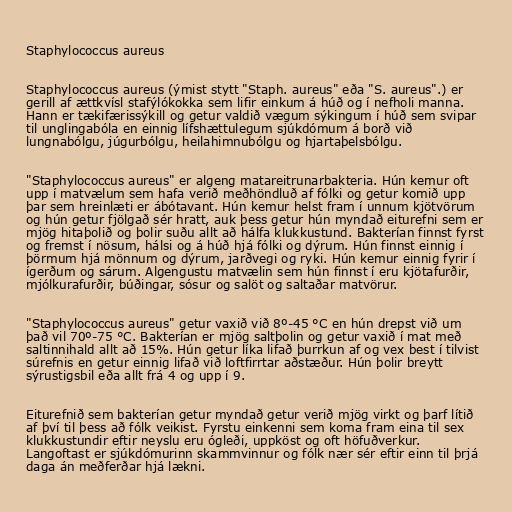
Staphylococcus aureus

Staphylococcus aureus (ýmist stytt "Staph. aureus" eða "S. aureus".) er
gerill af ættkvísl stafýlókokka sem lifir einkum á húð og í nefholi manna.
Hann er tækifærissýkill og getur valdið vægum sýkingum í húð sem svipar
til unglingabóla en einnig lífshættulegum sjúkdómum á borð við
lungnabólgu, júgurbólgu, heilahimnubólgu og hjartaþelsbólgu.

"Staphylococcus aureus" er algeng matareitrunarbakteria. Hún kemur oft
upp í matvælum sem hafa verið meðhöndluð af fólki og getur komið upp
þar sem hreinlæti er ábótavant. Hún kemur helst fram í unnum kjötvörum
og hún getur fjölgað sér hratt, auk þess getur hún myndað eiturefni sem er
mjög hitaþolið og þolir suðu allt að hálfa klukkustund. Bakterían finnst fyrst
og fremst í nösum, hálsi og á húð hjá fólki og dýrum. Hún finnst einnig í
þörmum hjá mönnum og dýrum, jarðvegi og ryki. Hún kemur einnig fyrir í
ígerðum og sárum. Algengustu matvælin sem hún finnst í eru kjötafurðir,
mjólkurafurðir, búðingar, sósur og salöt og saltaðar matvörur.

"Staphylococcus aureus" getur vaxið við 8º-45 °C en hún drepst við um
það vil 70º-75 °C. Bakterían er mjög saltþolin og getur vaxið í mat með
saltinnihald allt að 15%. Hún getur líka lifað þurrkun af og vex best í tilvist
súrefnis en getur einnig lifað við loftfirrtar aðstæður. Hún þolir breytt
sýrustigsbil eða allt frá 4 og upp í 9.

Eiturefnið sem bakterían getur myndað getur verið mjög virkt og þarf lítið
af því til þess að fólk veikist. Fyrstu einkenni sem koma fram eina til sex
klukkustundir eftir neyslu eru ógleði, uppköst og oft höfuðverkur.
Langoftast er sjúkdómurinn skammvinnur og fólk nær sér eftir einn til þrjá
daga án meðferðar hjá lækni.